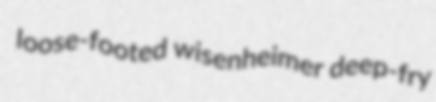
loose-footed wisenheimer deep-fry